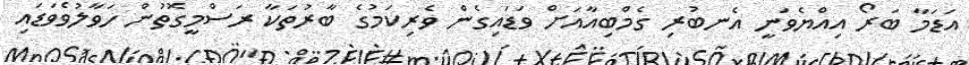
އަޑަމާ ބަރޯ އިއްޔެވަނީ އެނބުރި ގެމްބިއާއަށް ވަޑައިގެން ވެރިކަމުގެ ބާރުތަކާ ރަސްމީގޮތުން ހަވާލުވެވަޑައި